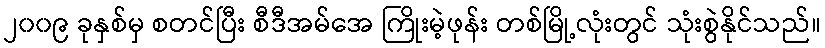
၂၀၀၉ ခုနှစ်မှ စတင်ပြီး စီဒီအမ်အေ ကြိုးမဲ့ဖုန်း တစ်မြို့လုံးတွင် သုံးစွဲနိုင်သည်။